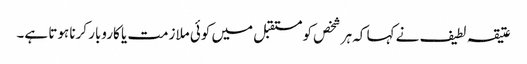
عتیقہ لطیف نے کہا کہ ہر شخص کو مستقبل میں کوئی ملازمت یا کاروبار کرنا ہوتا ہے۔